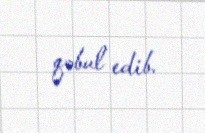
qəbul edib.